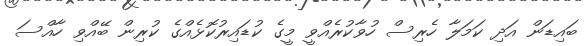
ބައިޑަން އަދި ކަމަލާ ހެރިސް ހުވާކުރެއްވީ މީގެ ކުޑައިރުކޮޅެއްގެ ކުރިން ބޭއްވި ހާއްސަ